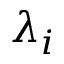
\lambda _ { i }